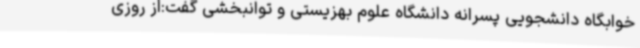
خوابگاه دانشجویی پسرانه دانشگاه علوم بهزیستی و توانبخشی گفت:از روزی